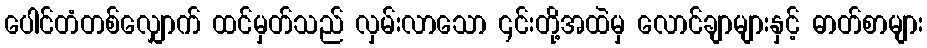
ပေါင်တံတစ်လျှောက် ထင်မှတ်သည် လှမ်းလာသော ၎င်းတို့အထဲမှ လောင်ချာများနှင့် ဓာတ်စာများ